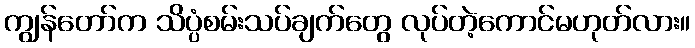
ကျွန်တော်က သိပ္ပံစမ်းသပ်ချက်တွေ လုပ်တဲ့ကောင်မဟုတ်လား။